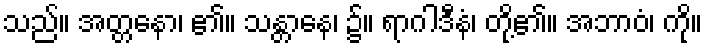
သည်။ အတ္တနော၊ ၏။ သန္တာနေ၊ ၌။ ရာဂါဒီနံ၊ တို့၏။ အဘာဝံ၊ ကို။